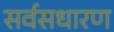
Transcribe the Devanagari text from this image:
सर्वसधारण